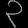
Digit: ၃